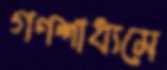
গণশাধ্যমে